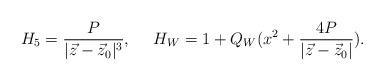
LaTeX: \begin{align*}H_{5}={{P}\over{|\vec{z}-\vec{z}_{0}|^{3}}},\ \ \ \ H_{W}=1+Q_{W}(x^{2}+{{4P}\over {|\vec{z}-\vec{z}_{0}|}}).\end{align*}